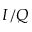
I / Q